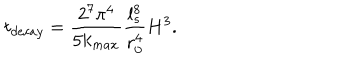
LaTeX: t _ { d e c a y } = \frac { 2 ^ { 7 } \pi ^ { 4 } } { 5 k _ { m a x } } \frac { l _ { s } ^ { 8 } } { r _ { 0 } ^ { 4 } } H ^ { 3 } .